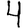
Digit: 4